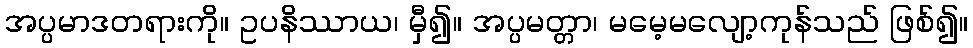
အပ္ပမာဒတရားကို။ ဥပနိဿာယ၊ မှီ၍။ အပ္ပမတ္တာ၊ မမေ့မလျော့ကုန်သည် ဖြစ်၍။